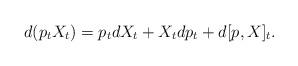
LaTeX: \begin{align*}d(p_t X_t) = p_t d X_t + X_t dp_t + d[p,X]_t.\end{align*}